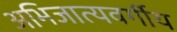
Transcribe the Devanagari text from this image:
अभिजात्यवर्गीय